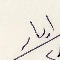
أيار